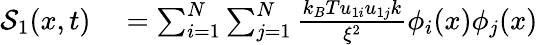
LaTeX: \begin{array}{rl}{\mathcal{S}_{1}(x,t)}&{{}=\sum_{i=1}^{N}\sum_{j=1}^{N}\frac{k_{B}Tu_{1i}u_{1j}k}{\xi^{2}}\phi_{i}(x)\phi_{j}(x)}\end{array}